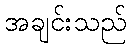
အချင်းသည်